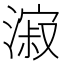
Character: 漃